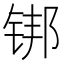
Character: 䦁